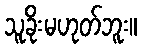
သူခိုးမဟုတ်ဘူး။